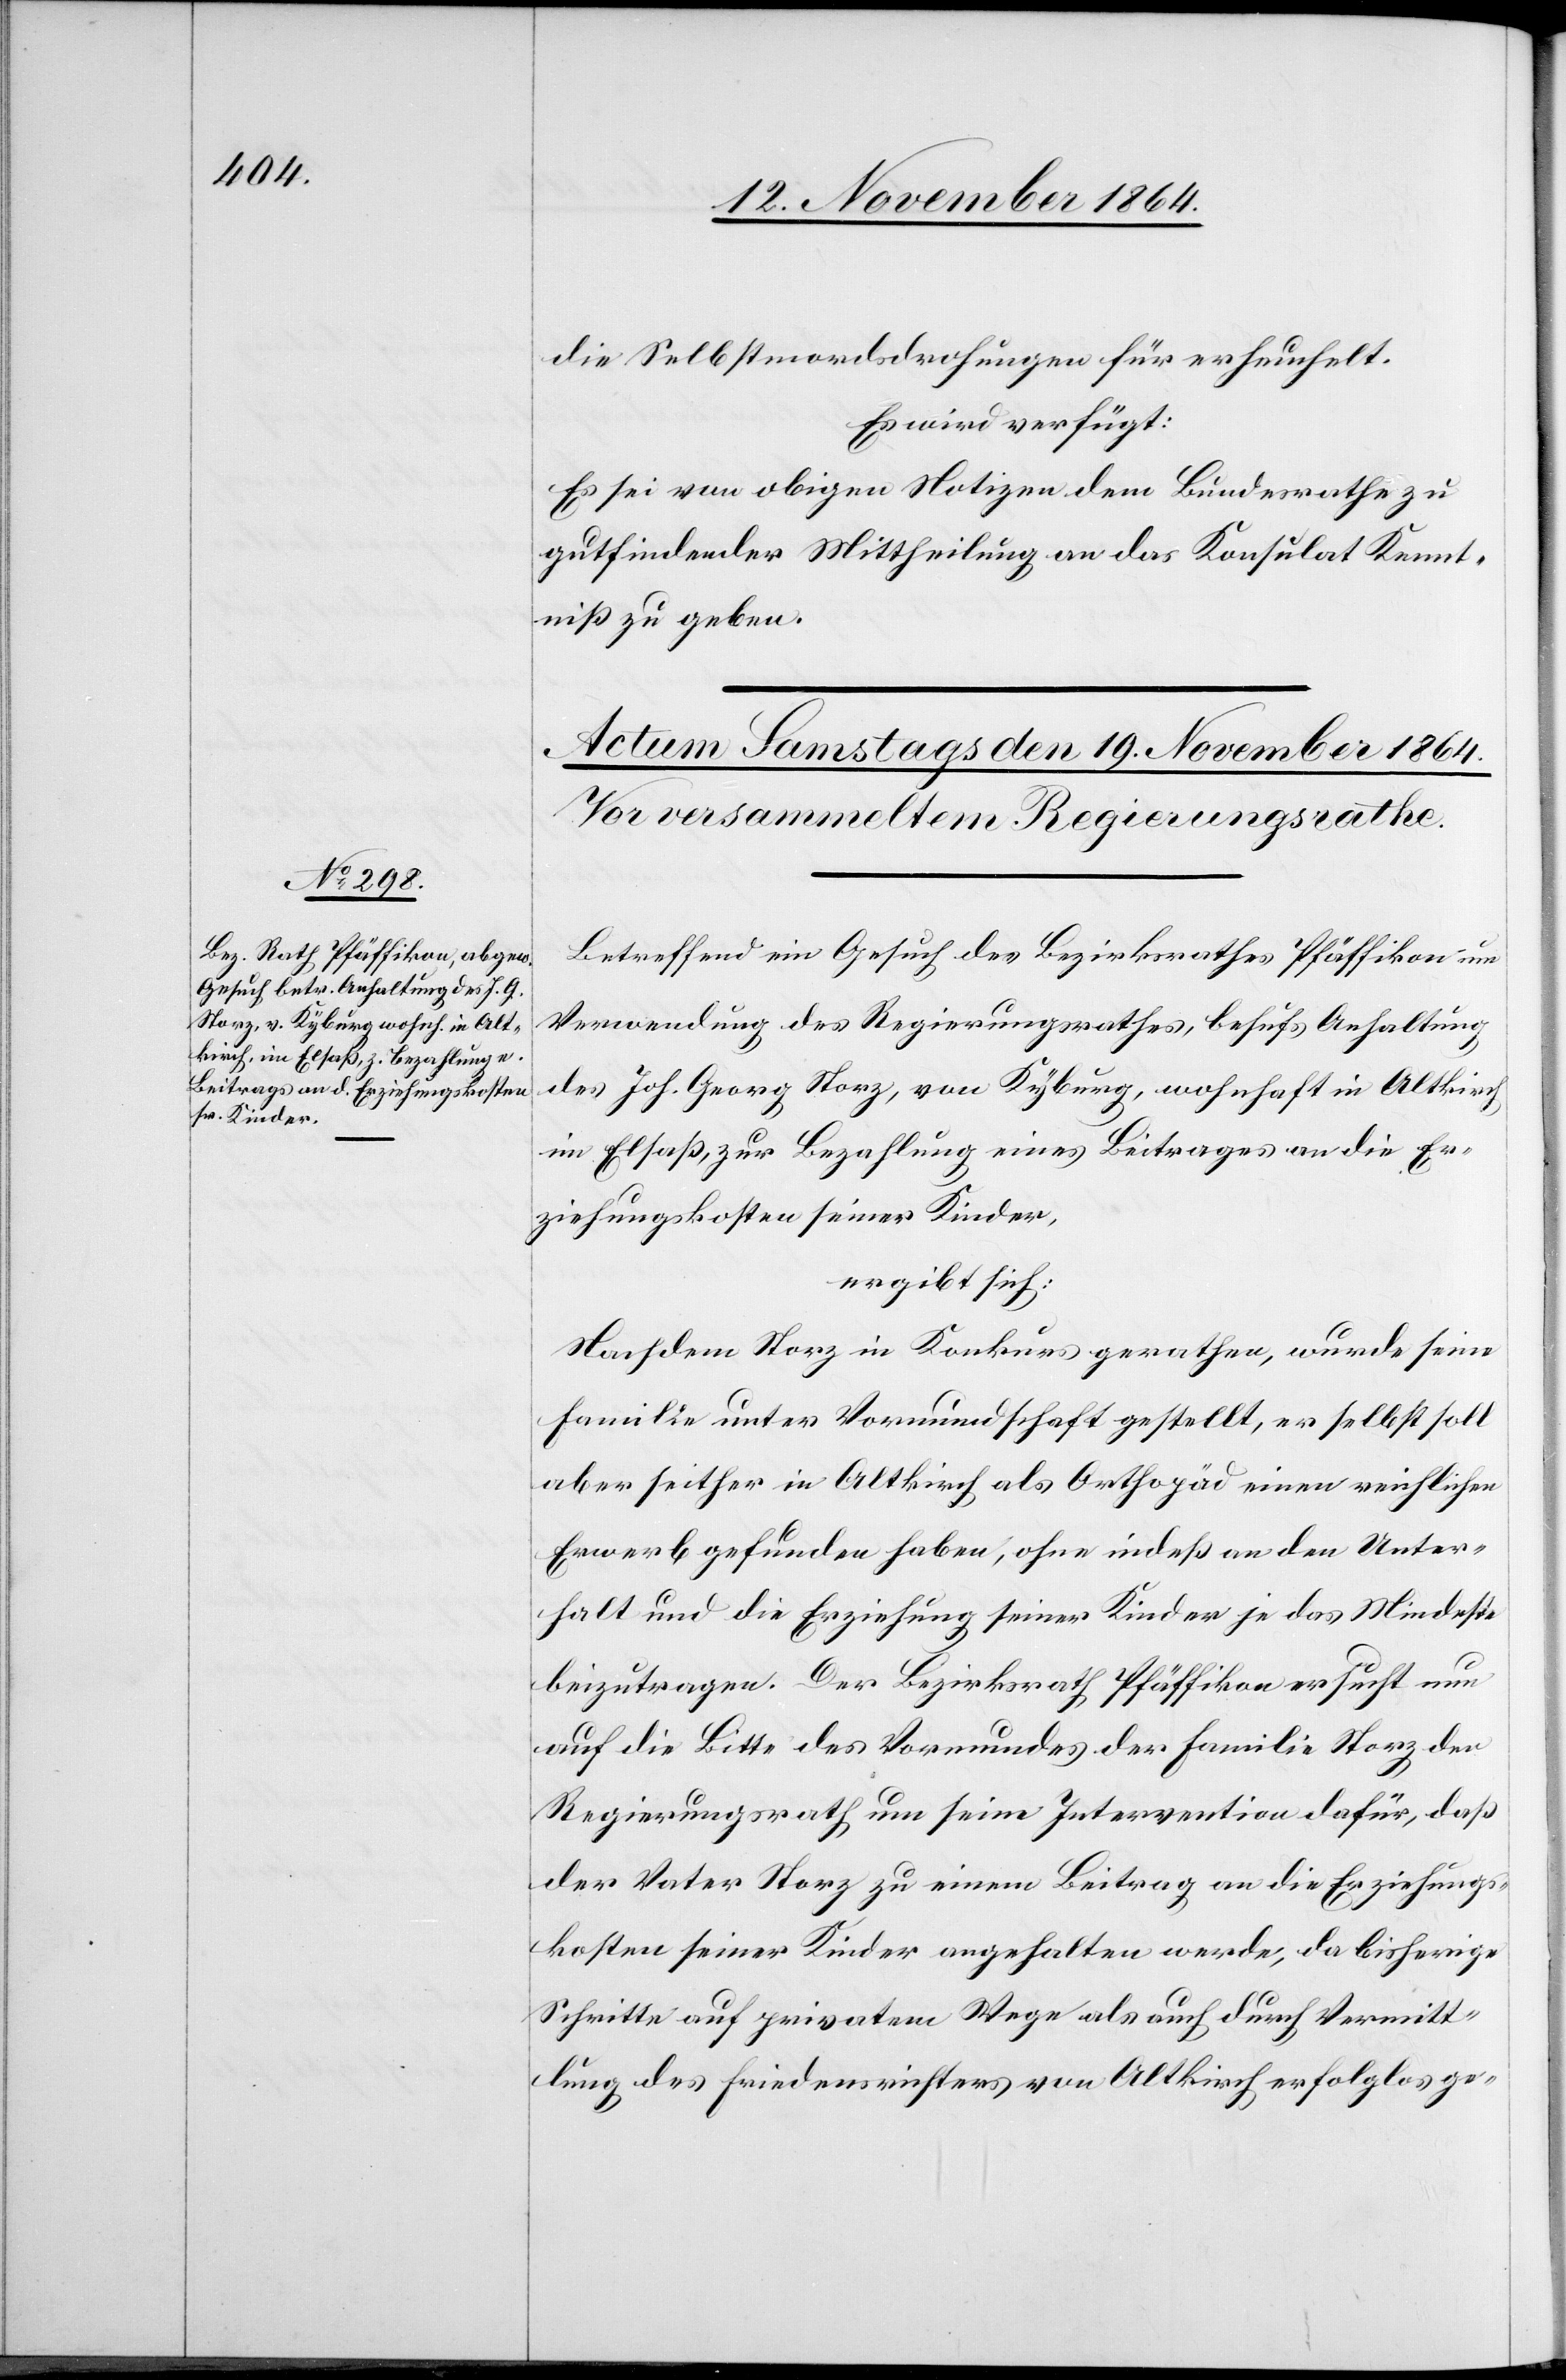
die Selbstmordsdrohungen für erheuchelt.
Es wird verfügt:
Es sei von obigen Notizen dem Bundesrathe zu
gutfindender Mittheilung an das Konsulat Kennt¬
niß zu geben.
Betreffend ein Gesuch des Bezirksrathes Pfäffikon um
Verwendung des Regierungsrathes, behufs Anhaltung
des Joh. Georg Storz, von Kyburg, wohnhaft in Altkirch
im Elsaß, zur Bezahlung eines Beitrages an die Er¬
ziehungskosten seiner Kinder,
ergibt sich:
Nachdem Storz in Konkurs gerathen, wurde seine
Familie unter Vormundschaft gestellt, er selbst soll
aber seither in Altkirch als Orthopäd einen reichlichen
Erwerb gefunden haben, ohne indeß an den Unter¬
halt und die Erziehung seiner Kinder je das Mindeste
beizutragen. Der Bezirksrath Pfäffikon ersucht nun
auf die Bitte des Vormundes der Familie Storz den
Regierungsrath um seine Intervention dafür, daß
der Vater Storz zu einem Beitrag an die Erziehungs¬
kosten seiner Kinder angehalten werde, da bisherige
Schritte auf privatem Wege als auch durch Vermitt¬
lung des Friedensrichters von Altkirch erfolglos ge-